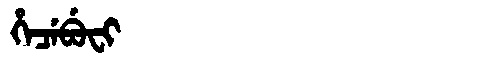
Manchu: ᡥᡝᠴᡝᠪᡠᠸᡳ
Romanization: HECEBUFI